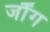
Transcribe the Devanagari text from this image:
जौंग